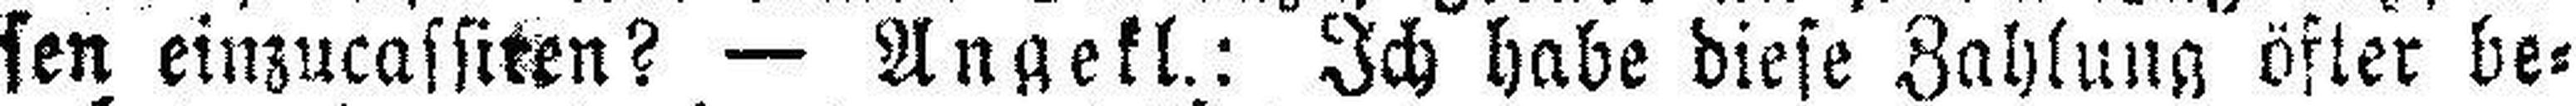
sen einzucassiren? — Angekl.: Ich habe diese Zahlung öfter be¬